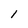
Character: 1